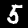
Label: 5